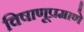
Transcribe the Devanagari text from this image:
विषाणूप्रमाणे